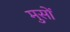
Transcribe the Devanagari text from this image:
मुसों